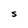
Character: S